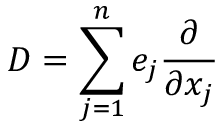
D = \sum _ { j = 1 } ^ { n } e _ { j } { \frac { \partial } { \partial x _ { j } } }